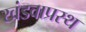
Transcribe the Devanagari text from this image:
खंडवाप्रस्थ